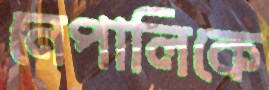
নেপালিকে